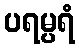
ပရမ္ပရံ